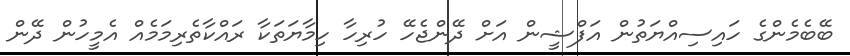
ބޭބެމެންގެ ހައިސިއްޔަތުން އަފްޝީން އަށް ދޭންޖެހޭ ހުރިހާ ހިމާޔަތަކާ ރައްކާތެރިމަމެއް އެމީހުން ދޭން